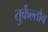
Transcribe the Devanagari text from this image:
तुर्केल्तौब